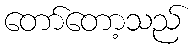
တော်တော့သည်